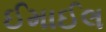
ઈમાઈલ